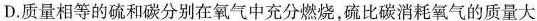
D.质量相等的硫和碳分别在氧气中充分燃烧，硫比碳消耗氧气的质量大